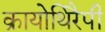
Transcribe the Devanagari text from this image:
क्रायोथिरैपी